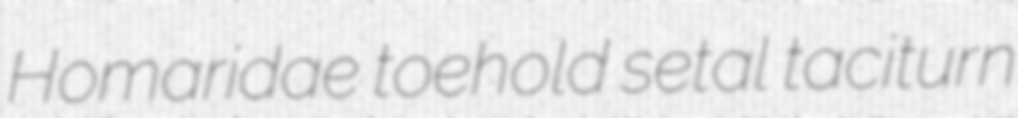
Homaridae toehold setal taciturn